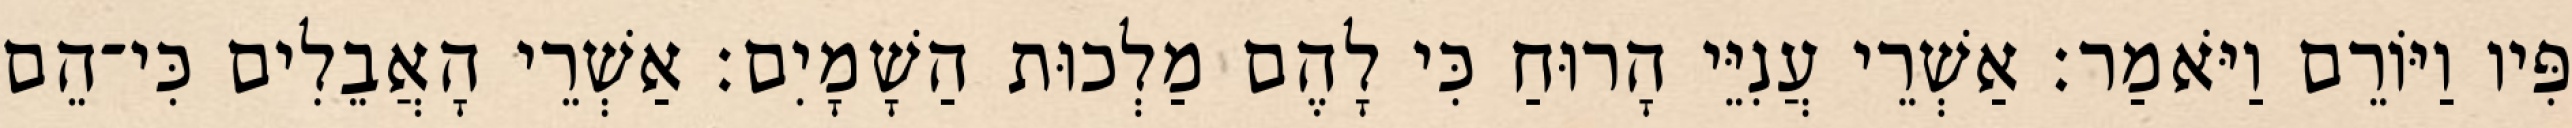
פִּיו וַיּוֹרֵם וַיֹּאמַר׃ אַשְׁרֵי עֲנִיֵּי הָרוּחַ כִּי לָהֶם מַלְכוּת הַשָׁמָיִם׃ אַשְׁרֵי הָאֲבֵלִים כִּי־הֵם